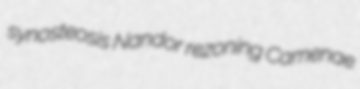
synosteosis Nandor rezoning Camenae